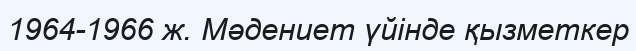
1964-1966 ж. Мәдениет үйінде қызметкер